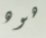
هوه